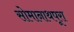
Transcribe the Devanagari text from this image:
सोमानाथपूरा